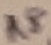
Text: R8